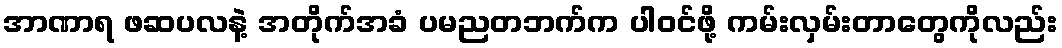
အာဏာရ ဖဆပလနဲ့ အတိုက်အခံ ပမညတဘက်က ပါဝင်ဖို့ ကမ်းလှမ်းတာတွေကိုလည်း